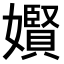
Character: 𪦬